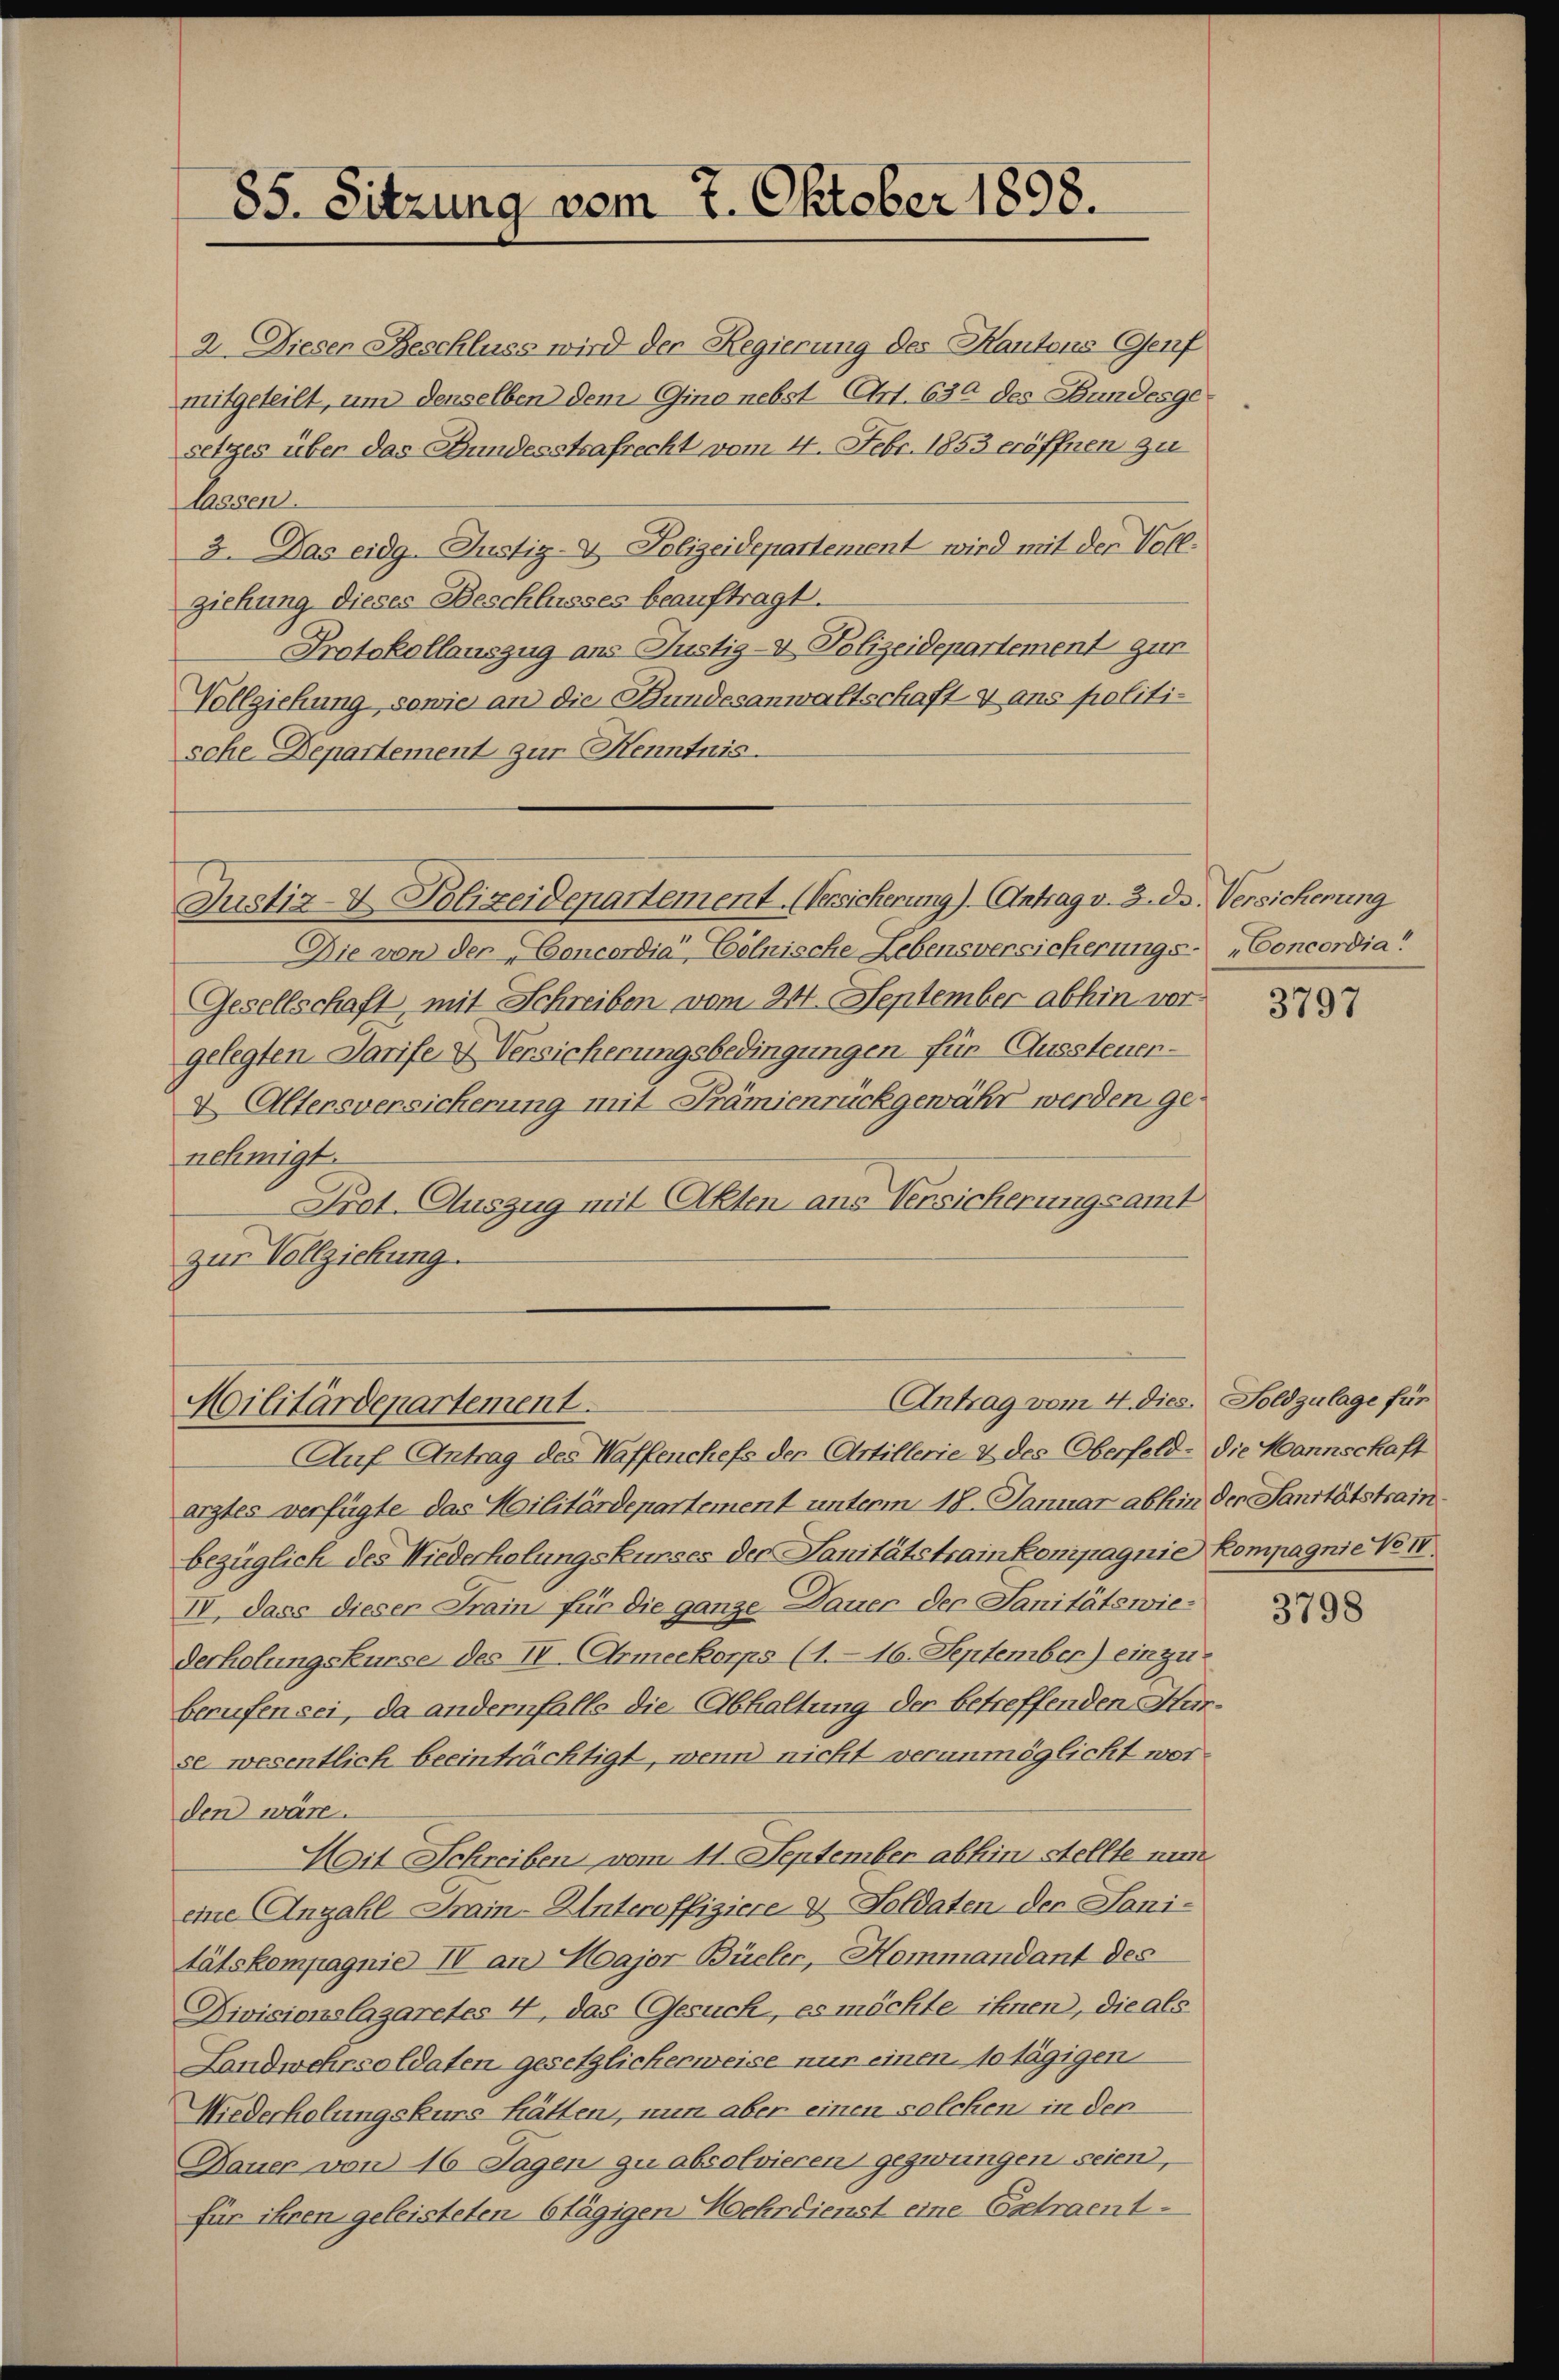
85. Sitzung vom 7. Oktober 1898.

2. Dieser Beschluss wird der Regierung des Kantons Genf
mitgeteilt, um denselben dem Gino nebst Art. 630 des Bundesge
setzes über das Bundesstrafrecht vom 4. Febr. 1853 eröffnen zu
lassen.
3. Das eidg. Justiz-V. Polizeidepartement wird mit der Voll-
ziehung dieses Beschlusses beauftragt.
Protokollauszug ans Justig- & Polizeidepartement zur
Vollziehung sowie an die Bundesanwaltschaft & ans politische Departement zur Henntnis.

Justiz- & Polizeidepartement. (Versicherung). Antrag v. 3. ds. Versicherung

Militärdepartement.

Die von der Concordia“, Cölnische Lebensversicherungs- „Concordia“
Gesellschaft, mit Schreiben vom 24. September abhin vor
gelegten Tarife & Versicherungsbedingungen für Aussteuer-
4 Altensversicherung mit Prämienrückgewähr werden genehmigt.
Prot. Auszug mit Akten aus Versicherungsamt
zur Vollziehung.

Antrag vom 4. dies. Soldzulage für

Auf Antrag des Waffenchefs der Artillerie & des Oberfeld- die Mannschaft
arztes verfügte das Militärdepartement unterm 18. Januar abhin der Sanitätstrambezüglich des Niederholungskurses der Sanitätstrainkonipagnie Kompagnie No 10
IV. dass dieser Train für die ganze Dauer der Sanitätswie-
derholungskurse des II. Armeekorps (1. 16. September) einzu-
berufen sei, da andernfalls die Abhaltung der betreffenden Hürse wesentlich beeinträchtigt, wenn nicht verunmöglicht worden wäre.
Mit Schreiben vom 11. September abhin stellte nun
eine Anzahlrain-Unteroffiziere v. Soldaten der Sani-
tätskompagnie II an Major Büeler, Hommandant des
Divisionslagaretes 4, das Gesuch, es möchte ihnen, die als
Landwehrsoldaten gesetzlicherweise nur einen da tägigen
Niederholungskurs hätten, nun aber einen solchen in den
Dauer von 16 Tagen zu absolvieren gezwungen seien,
für ihren geleisteten 6tägigen Wehrdienst eine Extraent¬

3797

3798